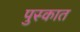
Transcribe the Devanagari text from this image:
पुस्कात